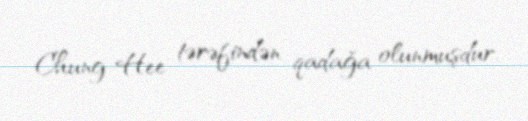
Chung-Hee tərəfindən qadağa olunmuşdur.